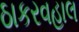
ઠાકરવહાલ